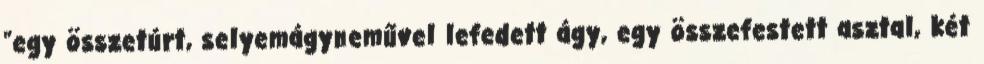
"egy összetúrt, selyemágyneművel lefedett ágy, egy összefestett asztal, két